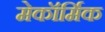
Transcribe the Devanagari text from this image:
मेकॉर्मिक